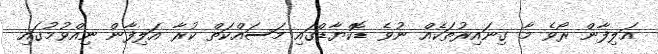
އަލިފާން ރޯވެ މާ ގިނައިރުތަކެއް ނުވެ ޑޮކްޔާޑްގައި މަސައްކަތް ކުރާ އަލިފާން ނިއްވުމުގައި